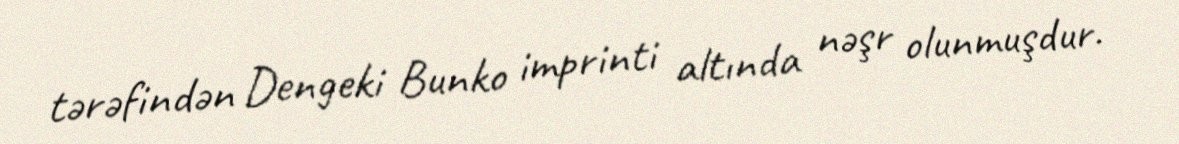
tərəfindən Dengeki Bunko imprinti altında nəşr olunmuşdur.